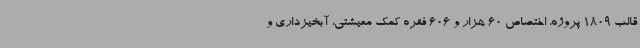
قالب 1809 پروژه، اختصاص 60 هزار و 606 فقره کمک معیشتی، آبخیزداری و